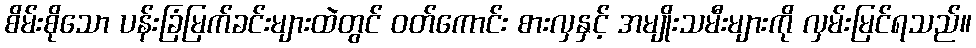
စိမ်းစိုသော ပန်းခြံမြက်ခင်းများထဲတွင် ဝတ်ကောင်း စားလှနှင့် အမျိုးသမီးများကို လှမ်းမြင်ရသည်။